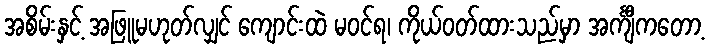
အစိမ်းနှင့် အဖြူမဟုတ်လျှင် ကျောင်းထဲ မဝင်ရ၊ ကိုယ်ဝတ်ထားသည်မှာ အင်္ကျီကတော့